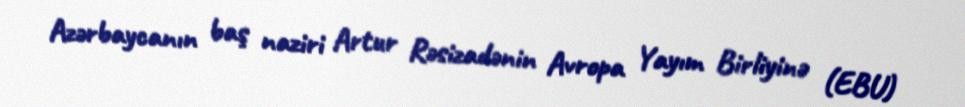
Azərbaycanın baş naziri Artur Rəsizadənin Avropa Yayım Birliyinə (EBU)